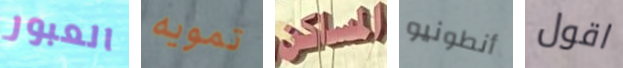
العبور تمويه المساكن أنطونيو اقول